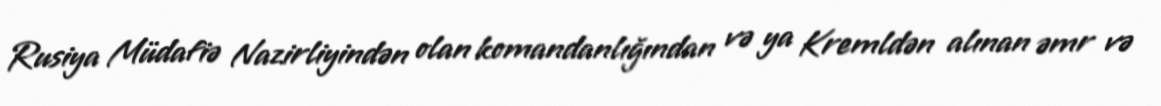
Rusiya Müdafiə Nazirliyindən olan komandanlığından və ya Kremldən alınan əmr və